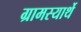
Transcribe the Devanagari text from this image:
ग्रामस्यार्थे